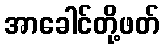
အာခေါင်တို့ဖတ်